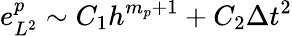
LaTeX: e_{L^{2}}^{p}\sim C_{1}h^{m_{p}+1}+C_{2}\Delta t^{2}